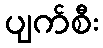
ပျက်စီး